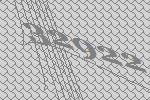
32922